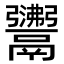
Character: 𩱣